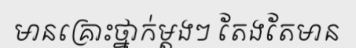
មានគ្រោះថ្នាក់ម្តងៗ តែងតែមាន